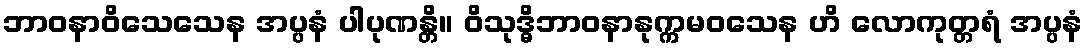
ဘာဝနာဝိသေသေန အပ္ပနံ ပါပုဏန္တိ။ ဝိသုဒ္ဓိဘာဝနာနုက္ကမဝသေန ဟိ လောကုတ္တရံ အပ္ပနံ